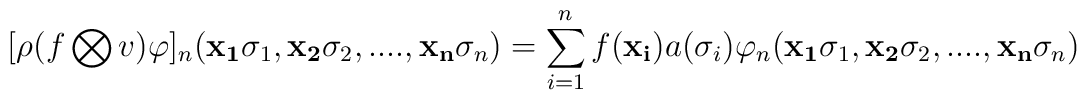
[\rho(f \bigotimes v) \varphi]_{n} ({\bf{x_{1}}}\sigma_{1}, {\bf{x_{2}}}\sigma_{2}, .... , {\bf{x_{n}}}\sigma_{n}) = \sum_{i=1}^{n} f({\bf{x_{i}}}) a(\sigma_{i}) \varphi_{n}({\bf{x_{1}}}\sigma_{1}, {\bf{x_{2}}}\sigma_{2}, .... , {\bf{x_{n}}}\sigma_{n})